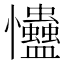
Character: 𢦃